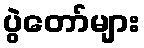
ပွဲတော်များ